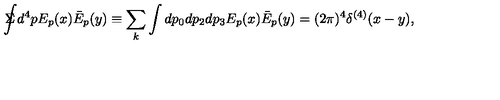
\Sigma \! \! \! \! \! \displaystyle { \int } d ^ { 4 } p E _ { p } ( x ) \bar { E } _ { p } ( y ) \equiv \sum _ { k } \int d p _ { 0 } d p _ { 2 } d p _ { 3 } E _ { p } ( x ) \bar { E } _ { p } ( y ) = ( 2 \pi ) ^ { 4 } \delta ^ { ( 4 ) } ( x - y ) ,